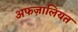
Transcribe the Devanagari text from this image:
अफज़ालियत